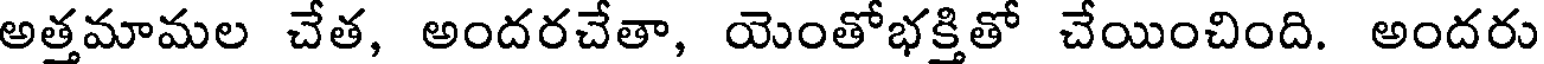
అత్తమామల చేత, అందరచేతా, యెంతోభక్తితో చేయించింది. అందరు